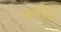
સમીતિ